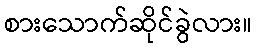
စားသောက်ဆိုင်ခွဲလား။